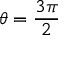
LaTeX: \theta = { \frac { 3 \pi } { 2 } }